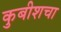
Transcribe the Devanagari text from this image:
कुबीशचा